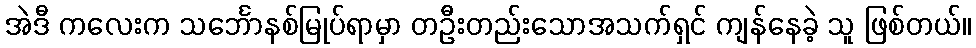
အဲဒီ ကလေးက သင်္ဘောနစ်မြုပ်ရာမှာ တဦးတည်းသောအသက်ရှင် ကျန်နေခဲ့ သူ ဖြစ်တယ်။